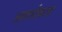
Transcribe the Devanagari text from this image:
आवर्धकता